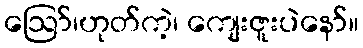
ဪ၊ဟုတ်ကဲ့၊ ကျေးဇူးပဲနော်။